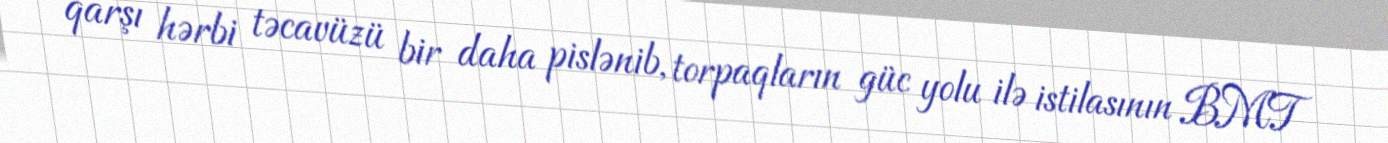
qarşı hərbi təcavüzü bir daha pislənib, torpaqların güc yolu ilə istilasının BMT